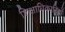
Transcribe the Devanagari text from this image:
शिक्षाधिकारियों